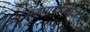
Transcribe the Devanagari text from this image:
म्ह्णण्याची